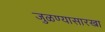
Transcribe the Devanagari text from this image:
जुळण्यासारखा